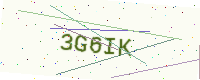
Text: 3G6IK